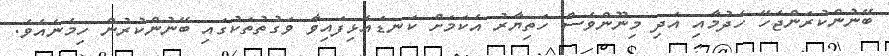
ބޭނުންކުރަންޖެހޭ ހެދުމާއި އަދި މިނޫންވެސް ހަތިޔާރު އެކަމަށް ކަނޑައެޅިފައިވާ ވަގުތުތަކުގައި ބޭނުންކުރުން ހިމެނެއެވެ.